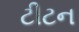
ટીટન